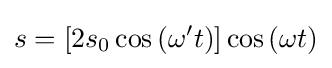
s=\left[2s_{0}\cos \left(\omega 't\right)\right]\cos \left(\omega t\right)\,\!